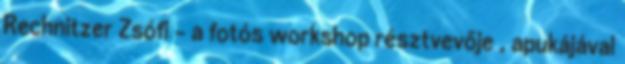
Rechnitzer Zsófi – a fotós workshop résztvevője , apukájával